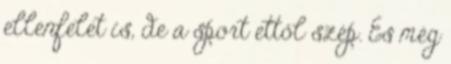
ellenfelet is, de a sport ettől szép. És még